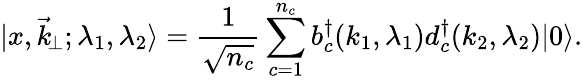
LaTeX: \vert x,\vec{k}_{\! \perp};\lambda_{1},\lambda_{2}\rangle={\frac{1}{\sqrt{n_{c}}}}\sum_{c=1}^{n_{c}}b_{c}^{\dagger}(k_{1},\lambda_{1})d_{c}^{\dagger}(k_{2},\lambda_{2})\vert 0\rangle.